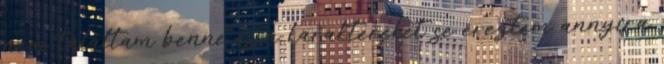
nem találtam benne és a karaktereket se éreztem annyira